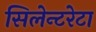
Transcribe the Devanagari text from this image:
सिलेन्टरेटा